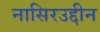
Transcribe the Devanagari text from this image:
नासिरउद्दीन